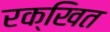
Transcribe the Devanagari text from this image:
रक्खित